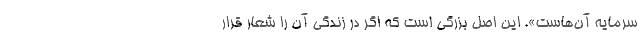
سرمایه آن‌هاست». این اصل بزرگی است که اگر در زندگی آن را شعار قرار